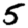
Digit: 5